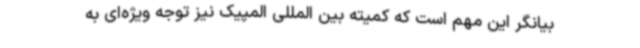
بیانگر این مهم است که کمیته بین المللی المپیک نیز توجه ویژه‌ای به